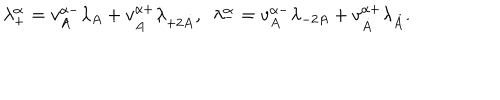
LaTeX: \lambda _ { + } ^ { \alpha } = v _ { A } ^ { \alpha - } \lambda _ { A } + v _ { \dot { A } } ^ { \alpha + } \lambda _ { + 2 \dot { A } } , \ \ \lambda _ { - } ^ { \alpha } = v _ { A } ^ { \alpha - } \lambda _ { - 2 A } + v _ { \dot { A } } ^ { \alpha + } \lambda _ { \dot { A } } .